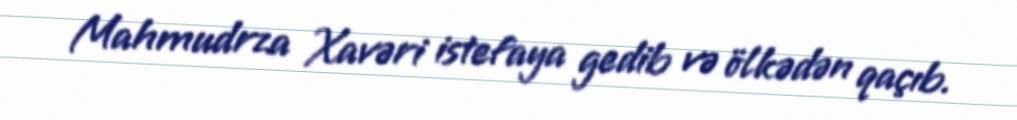
Mahmudrza Xavəri istefaya gedib və ölkədən qaçıb.